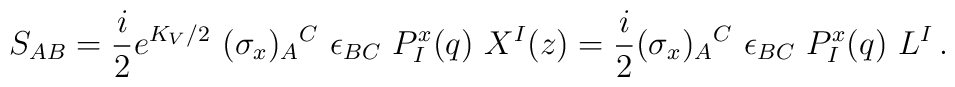
S_{AB}={i\over 2}e^{K_V/2}~(\sigma_x)_A{}^C~\epsilon_{BC}~P^x_I(q)~X^I(z)={i\over 2}(\sigma_x)_A{}^C~\epsilon_{BC}~P^x_I(q)~L^I\, .